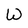
Character: W